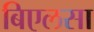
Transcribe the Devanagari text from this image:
बिएलसा